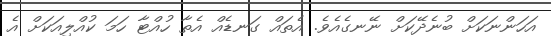
އަހަންނަކަށް ބުނެދޭކަށް ނޭނގެއެވެ. އެތައް ގަނޑެއް އެތާ ހުއްޓާ ހަމަ ކުއްލިއަކަށް އެ